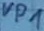
Text: VP1